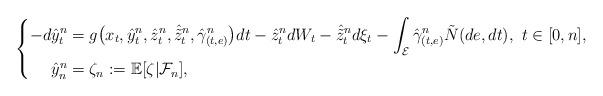
LaTeX: \begin{align*}\left\{\begin{aligned}-d\hat{y}^n_t&=g\big(x_t,\hat{y}^n_t,\hat{z}^n_t,\hat{\tilde{z}}^n_t,\hat{\gamma}^n_{(t,e)}\big)dt-\hat{z}^n_tdW_t-\hat{\tilde{z}}^n_td\xi_t-\int_{\mathcal{E}}\hat{\gamma}^n_{(t,e)}\tilde{N}(de,dt),\ t\in[0,n],\\ \hat{y}_n^n&=\zeta_n:=\mathbb{E}[\zeta|\mathcal{F}_n],\end{aligned}\right.\end{align*}